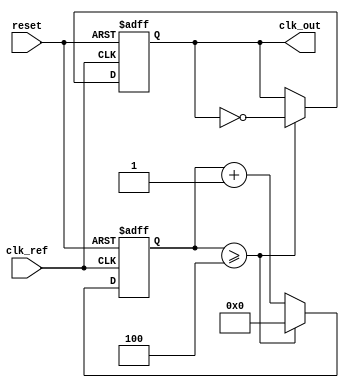
module PLL (
    input wire clk_ref,          // Reference clock input
    input wire reset,            // Reset signal
    output reg clk_out           // Output clock
);

    // Parameters
    parameter DIV_RATIO = 4;     // Feedback divider ratio
    parameter LPF_COEFF = 8'hFF;  // Low Pass Filter coefficient (example value)
    
    // Internal signals
    reg [31:0] vco_freq;          // VCO frequency control
    reg [31:0] phase_error;       // Phase error signal
    reg [31:0] lpf_output;        // Output of the Low Pass Filter
    reg [31:0] vco_counter;       // VCO counter for generating output clock
    reg [31:0] feedback_counter;   // Feedback counter for divider

    // Phase Detector (PD)
    always @(posedge clk_ref or posedge reset) begin
        if (reset) begin
            phase_error <= 0;
        end else begin
            // Simple phase detection logic (example)
            if (vco_counter == feedback_counter) begin
                phase_error <= 0; // In phase
            end else if (vco_counter < feedback_counter) begin
                phase_error <= phase_error + 1; // VCO is lagging
            end else begin
                phase_error <= phase_error - 1; // VCO is leading
            end
        end
    end

    // Low Pass Filter (LPF)
    always @(posedge clk_ref or posedge reset) begin
        if (reset) begin
            lpf_output <= 0;
        end else begin
            // Simple LPF implementation (example)
            lpf_output <= (lpf_output * (LPF_COEFF - 1) + phase_error) / LPF_COEFF;
        end
    end

    // Voltage-Controlled Oscillator (VCO)
    always @(posedge clk_ref or posedge reset) begin
        if (reset) begin
            vco_freq <= 32'h00000000; // Initial frequency
            vco_counter <= 0;
        end else begin
            // Adjust VCO frequency based on LPF output
            vco_freq <= vco_freq + lpf_output;
            vco_counter <= vco_counter + vco_freq;
            if (vco_counter >= 32'hFFFFFFFF) begin
                vco_counter <= 0;
            end
        end
    end

    // Feedback Divider
    always @(posedge clk_ref or posedge reset) begin
        if (reset) begin
            feedback_counter <= 0;
            clk_out <= 0;
        end else begin
            feedback_counter <= feedback_counter + 1;
            if (feedback_counter >= DIV_RATIO) begin
                clk_out <= ~clk_out; // Toggle output clock
                feedback_counter <= 0;
            end
        end
    end

endmodule